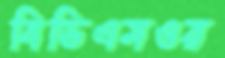
বিডিএমওর